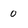
Character: 0